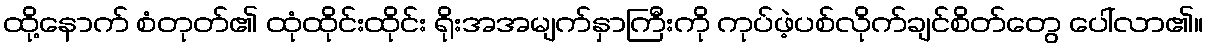
ထို့နောက် စံတုတ်၏ ထုံထိုင်းထိုင်း ရိုးအအမျက်နှာကြီးကို ကုပ်ဖဲ့ပစ်လိုက်ချင်စိတ်တွေ ပေါ်လာ၏။